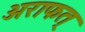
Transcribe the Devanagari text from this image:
अराफत्